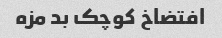
افتضاخ کوچک بد مزه